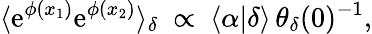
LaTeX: \langle\mathrm{e}^{\phi(x_{1})}\mathrm{e}^{\phi(x_{2})}\rangle_{\delta}~\propto~\langle\alpha|\delta\rangle\, \theta_{\delta}(0)^{-1},